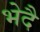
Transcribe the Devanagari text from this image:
भेदै